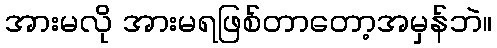
အားမလို အားမရဖြစ်တာတော့အမှန်ဘဲ။